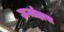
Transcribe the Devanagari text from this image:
ऊर्जाह्रास